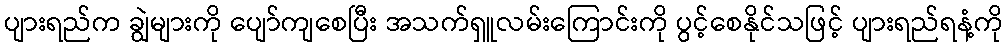
ပျားရည်က ချွဲများကို ပျော်ကျစေပြီး အသက်ရှူလမ်းကြောင်းကို ပွင့်စေနိုင်သဖြင့် ပျားရည်ရနံ့ကို